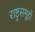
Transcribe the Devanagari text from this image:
राष्ट्रसमूहों